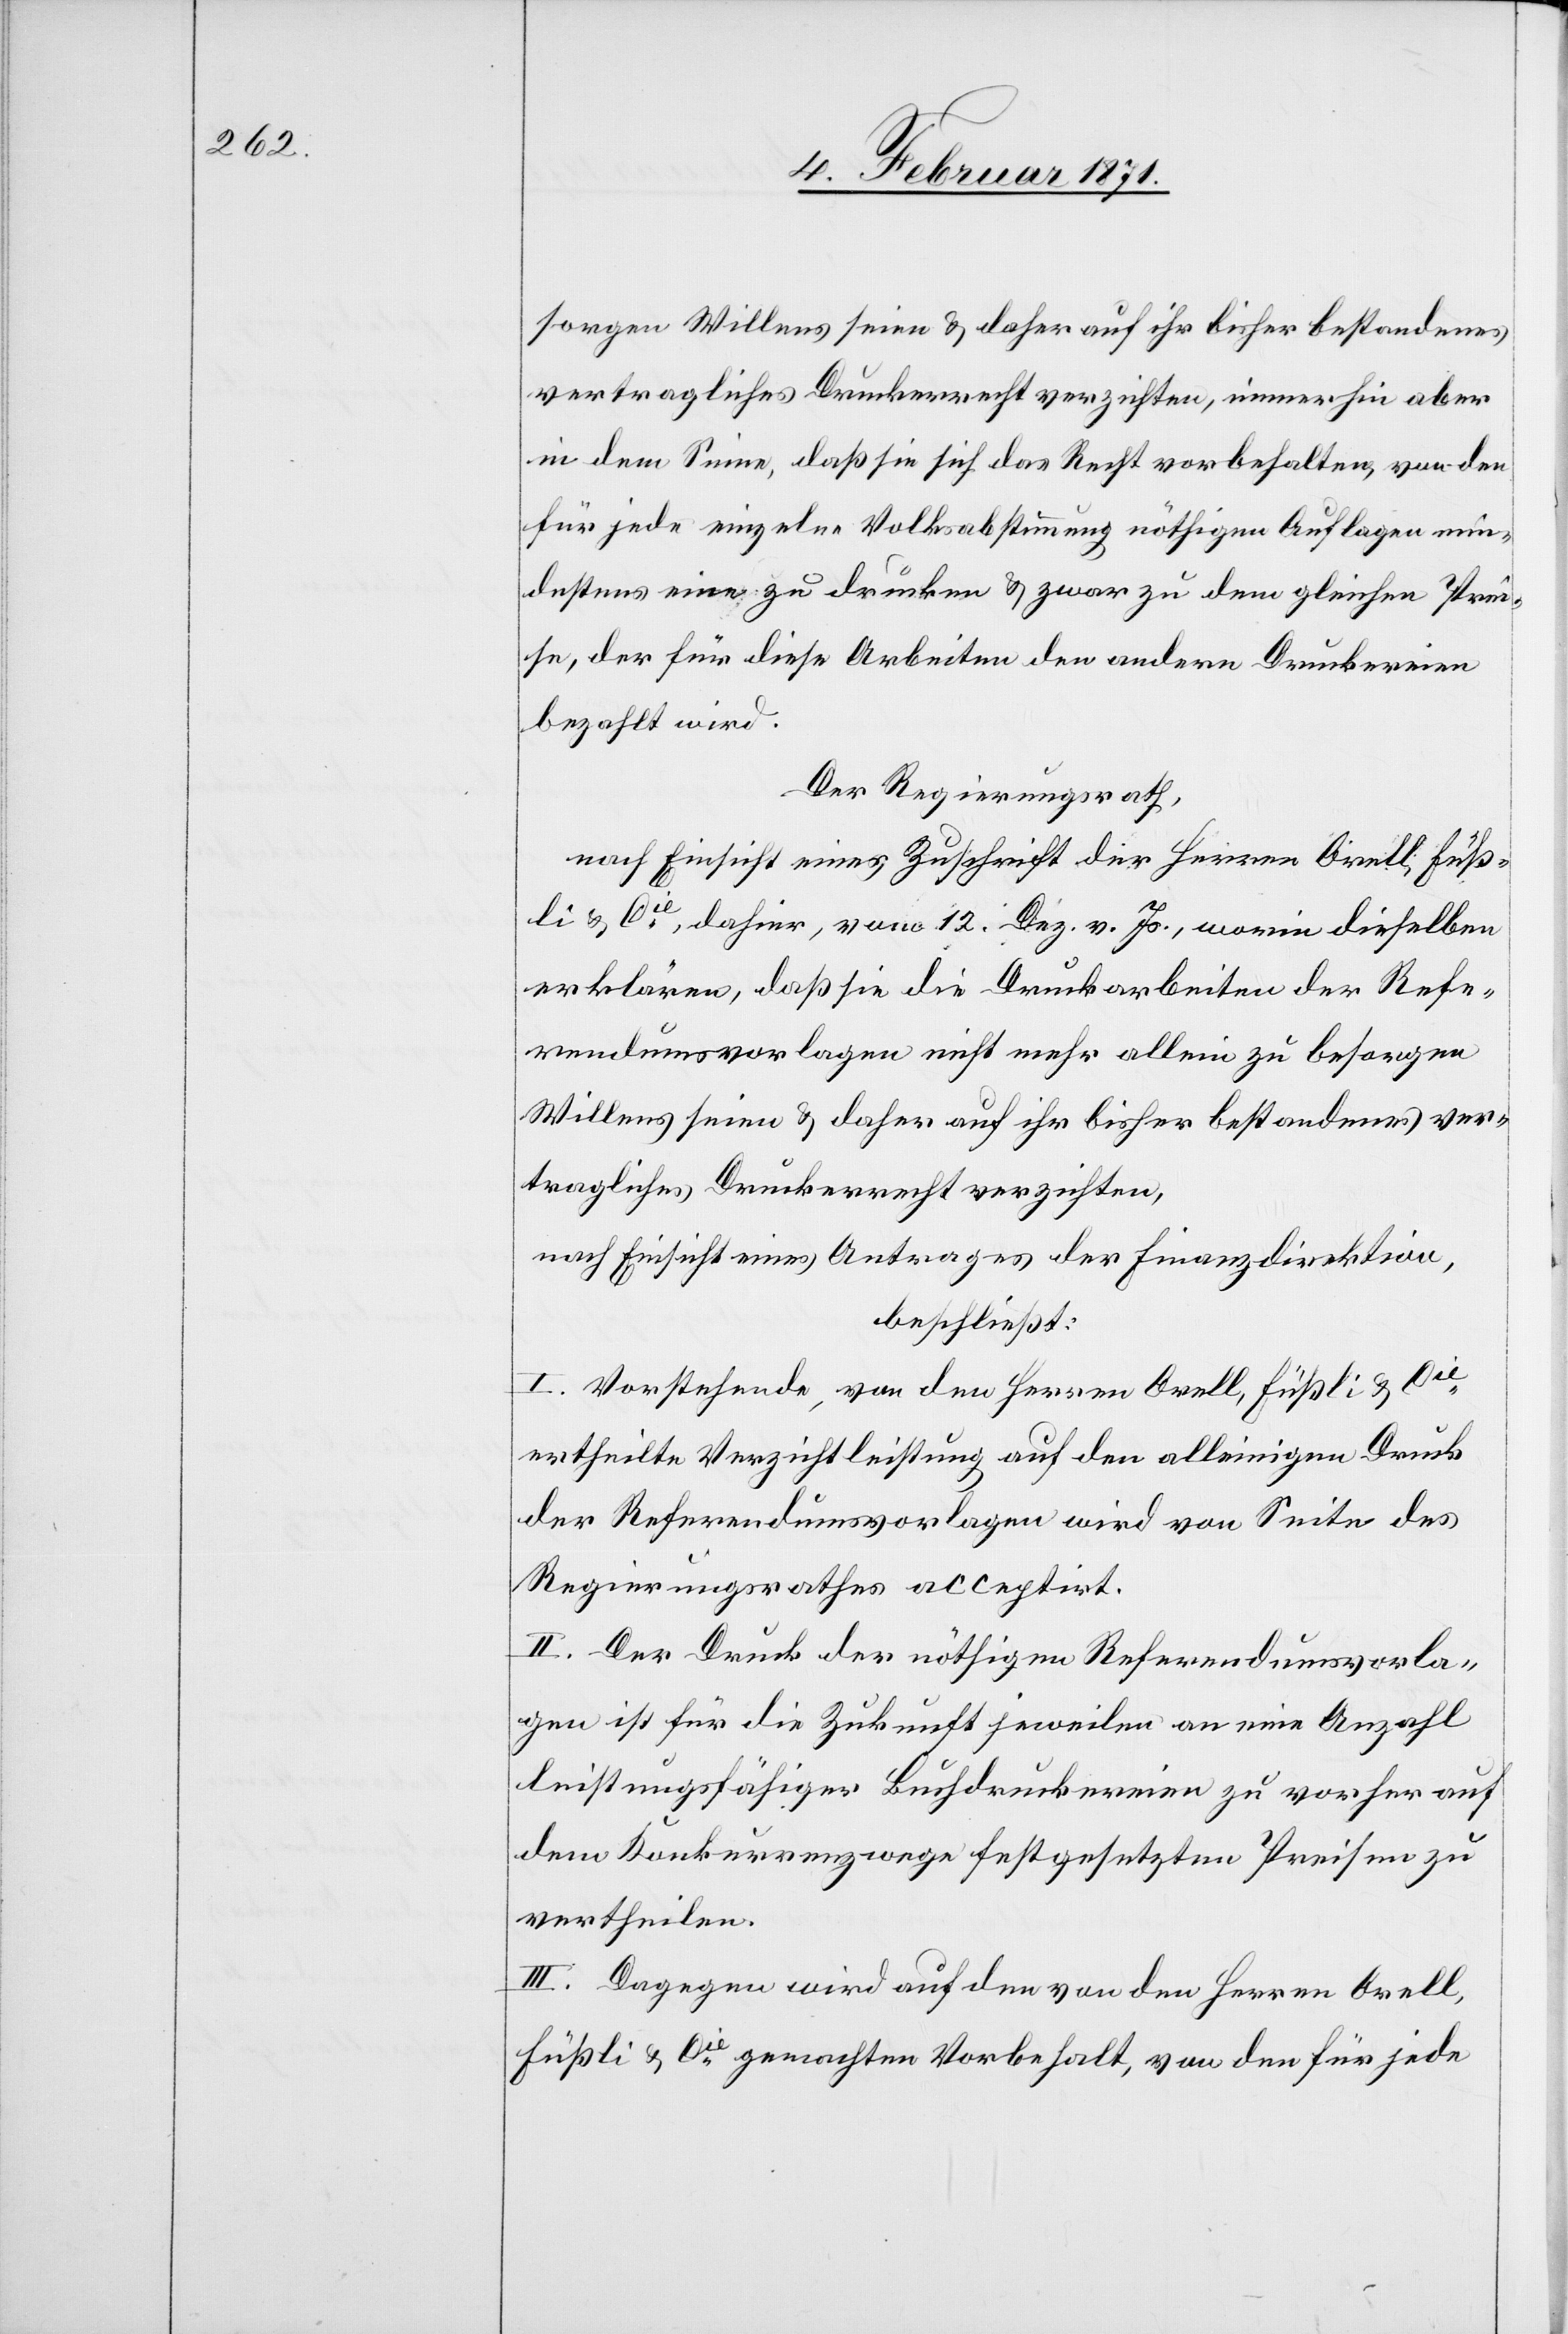
sorgen Willens seien u. daher auf ihr bisher bestandenes
vertragliches Druckerrecht verzichten, immerhin aber
in dem Sinne, daß sie sich das Recht vorbehalten, von den
für jede einzelne Volksabstimmung nöthigen Auflagen min¬
destens eine zu drucken u. zwar zu dem gleichen Prei¬
se, der für diese Arbeiten den andern Druckereien
bezahlt wird.
Der Regierungsrath,
nach Einsicht einer Zuschrift der Herren Orell, Füß¬
li & Cie., dahier, vom 12. Dez. v. Js., worin dieselben
erklären, daß sie die Druckarbeiten der Refe¬
rendumsvorlagen nicht mehr allein zu besorgen
Willens seien u. daher auf ihr bisher bestandenes ver¬
tragliches Druckerrecht verzichten,
nach Einsicht eines Antrages der Finanzdirektion,
beschließt:
I. Vorstehende, von den Herren Orell, Füßli & Cie.
ertheilte Verzichtleistung auf den alleinigen Druck
der Referendumsvorlagen wird von Seite des
Regierungsrathes acceptirt.
II. Der Druck der nöthigen Referendumsvorla¬
gen ist für die Zukunft jeweilen an eine Anzahl
leistungsfähiger Buchdruckereien zu vorher auf
dem Konkurrenzwege festgesetzten Preisen zu
vertheilen.
III. Dagegen wird auf den von den Herren Orell,
Füßli & Cie. gemachten Vorbehalt, von den für jede